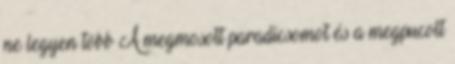
ne legyen több A megmosott paradicsomot és a megpucolt